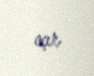
açır.